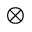
\bigotimes